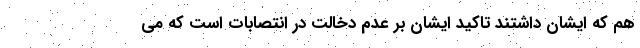
هم که ایشان داشتند تاکید ایشان بر عدم دخالت در انتصابات است که می